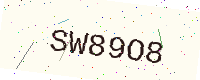
Text: SW89O8